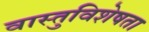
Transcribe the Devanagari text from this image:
वास्तुविशेषता